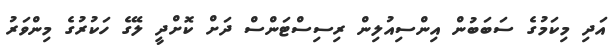
އަދި މިކަމުގެ ސަބަބުން އިންސިއުލިން ރިސިސްޓަންސް ދަށް ކޮށްދީ ލޭގެ ހަކުރުގެ މިންވަރު